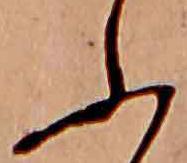
ふ